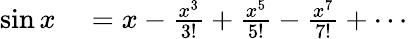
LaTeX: \begin{array}{rl}{\sin x}&{{}=x-{\frac{x^{3}}{3!}}+{\frac{x^{5}}{5!}}-{\frac{x^{7}}{7!}}+\cdots}\end{array}